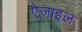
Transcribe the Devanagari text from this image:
ऐजाइल